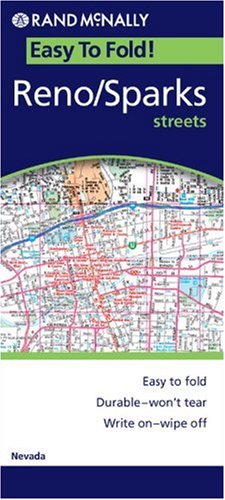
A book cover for Reno/Sparks (Rand McNally Easyfinder); Rand McNally; Travel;